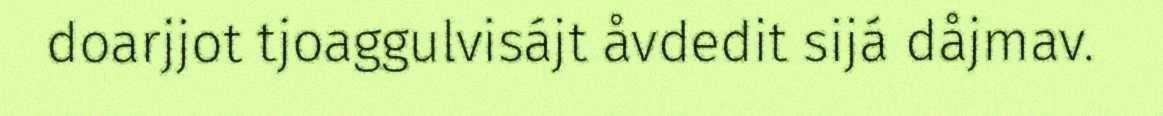
doarjjot tjoaggulvisájt åvdedit sijá dåjmav.